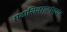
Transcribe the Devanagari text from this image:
सदाशिवरावांच्या